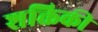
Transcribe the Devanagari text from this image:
शक्तिकी